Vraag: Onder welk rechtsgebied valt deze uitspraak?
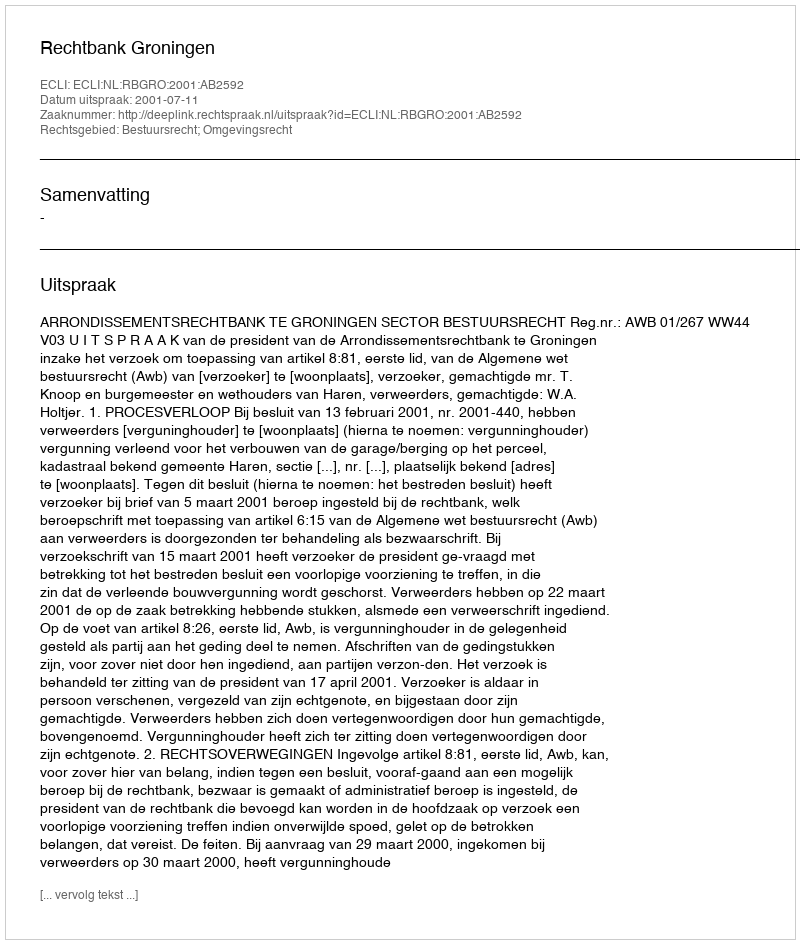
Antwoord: Bestuursrecht; Omgevingsrecht